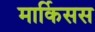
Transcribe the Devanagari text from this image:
मार्किसस